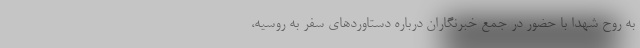
به روح شهدا با حضور در جمع خبرنگاران درباره دستاوردهای سفر به روسیه،